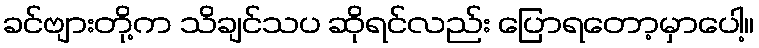
ခင်ဗျားတို့က သိချင်သပ ဆိုရင်လည်း ပြောရတော့မှာပေါ့။